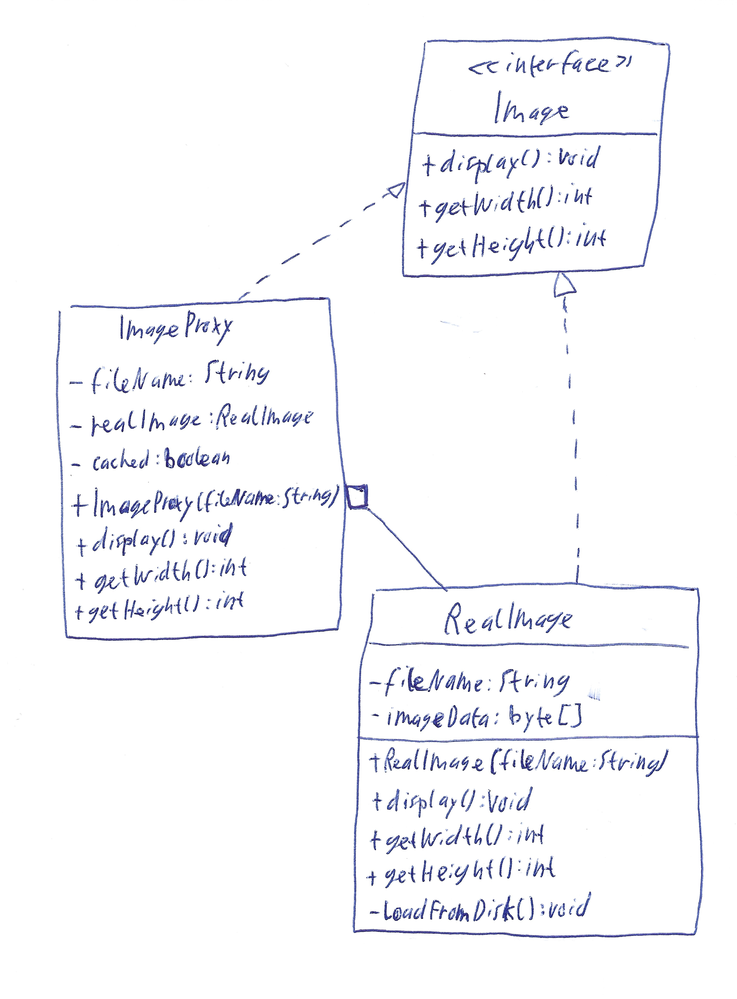
Diagram type: class_diagram
```plantuml
@startuml

interface Image {
  + display(): void
  + getWidth(): int
  + getHeight(): int
}

class ImageProxy implements Image {
  - fileName: String
  - realImage: RealImage
  - cached: boolean
  + ImageProxy(fileName: String)
  + display(): void
  + getWidth(): int
  + getHeight(): int
}

class RealImage implements Image {
  - fileName: String
  - imageData: byte[]
  + RealImage(fileName: String)
  + display(): void
  + getWidth(): int
  + getHeight(): int
}

ImageProxy o-- RealImage

@enduml
```